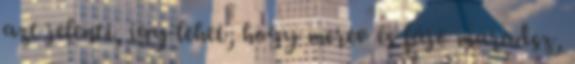
azt jelenti, így lehet, hogy merev és fájó maradsz,